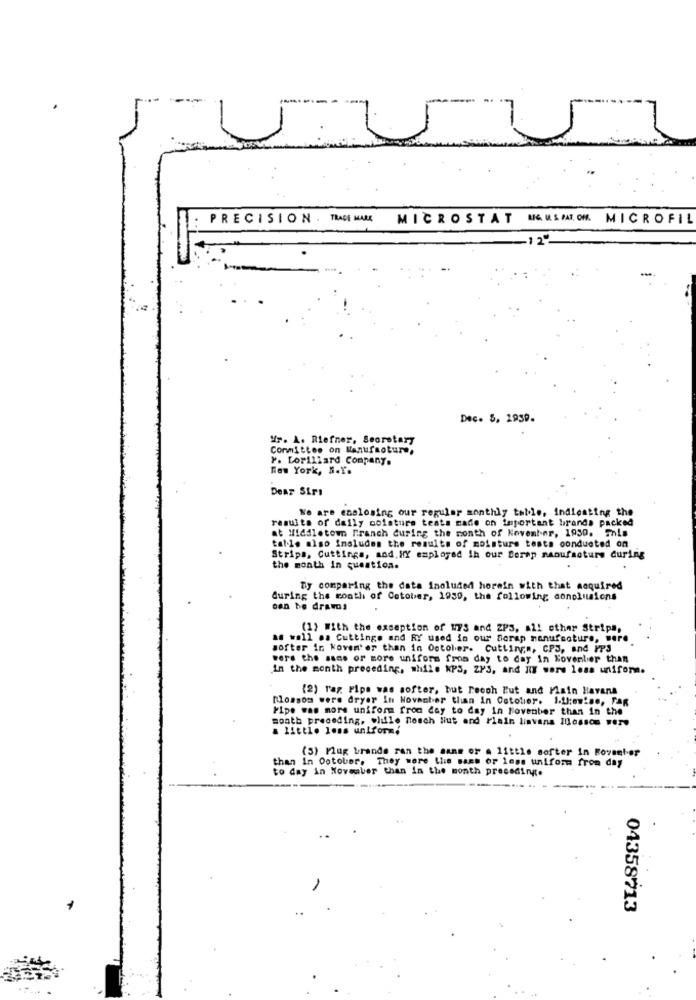
PRECISION . TRADE MARK
MICROSTAT MAUSIIOM MICROFIL
-125
Dec. 5, 2939.
Mr. A. Riefner, Seorotary
Committee on Manufacture,
Y. Lorillard Company.
New York, B.Y.
Dear Sirı
We are enalosing our regular monthly table, indicating the
results of daily moisture teats made on important brands packed
at Middletown Franch during the month of Kovemt-er, 1950. This
talle also imaluden the results of moisture tests conducted on
Strips, Cuttings, and. HY employed ih our Serap manufacture during
the month in question.
Ty comparing the data included horein with that acquired
during the month of Cotober, 1939, the following conclusions
can be dravos
(1) With the exception of W73 and ZPS, al! other Strips,
as well as Cuttings and RY used in our Serap manufacture, were
softer in koven' er than in October. Cuttings, CPS, and PPS
wers the same or more uniform fros day to day in Kovenbier than
in the month preceding, while KPS, ZPS, and RT wars less unifor.
(2) Tag. Pipe was softer, but reoch Put and Plain Havana
Blossom were dryer in Novecter than In Cstolier. I.f:emine, FAR
Pipe was more uniform from day to day in November than in the
month preceding, "lule nosch Hut and Plain linvans Mossos Were
a little less uniformi
(3) Flag brands ran the sans or a little softer in Roventer
than In October, They were the same or less uniform from day
to day in November than in the month preceding.
04358713